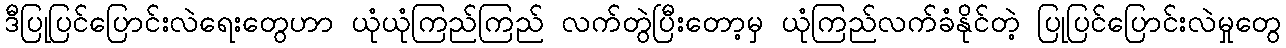
ဒီပြုပြင်ပြောင်းလဲရေးတွေဟာ ယုံယုံကြည်ကြည် လက်တွဲပြီးတော့မှ ယုံကြည်လက်ခံနိုင်တဲ့ ပြုပြင်ပြောင်းလဲမှုတွေ